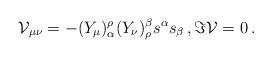
LaTeX: \begin{align*}{\cal V}_{\mu\nu}=-({Y}_{\mu})_{\alpha}^\rho({Y}_{\nu})_{\rho}^\beta s^\alpha s_\beta\, , \Im \mathcal{V}=0 \, .\end{align*}